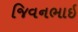
જિવનભાઇ